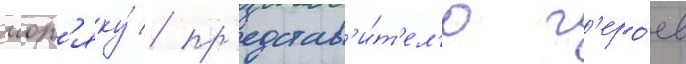
мор'яку́ / пр'едстав'и́т'ел'ю г'еро́ев